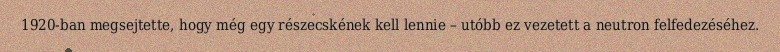
1920-ban megsejtette, hogy még egy részecskének kell lennie – utóbb ez vezetett a neutron felfedezéséhez.